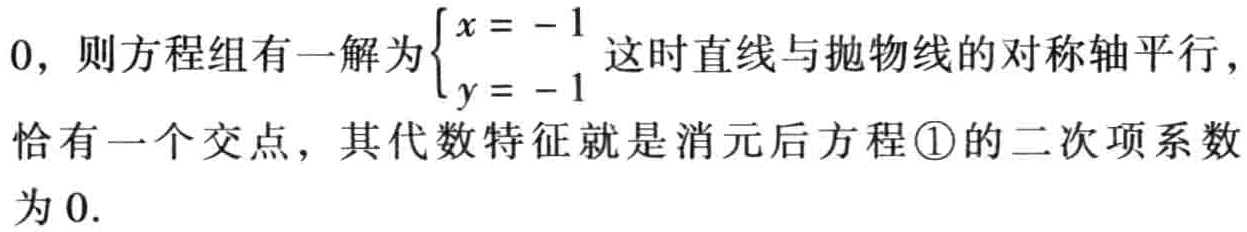
$0，则方程组有一解为\begin{cases}x = - 1\\y = - 1\end{cases}这时直线与抛物线的对称轴平行，恰有一个交点，其代数特征就是消元后方程\textcircled{1}的二次项系数为0.$